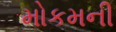
મોકમની